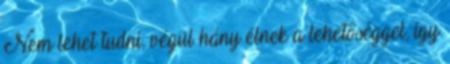
Nem lehet tudni, végül hány élnek a lehetőséggel, így